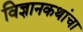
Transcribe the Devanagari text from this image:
विज्ञानकथांचा